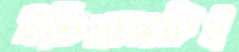
ইতিহাসটিই